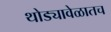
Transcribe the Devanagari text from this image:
थोड्यावेळातच